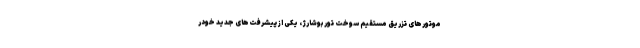
موتورهای تزریق مستقیم سوخت توربوشارژ، یکی از پیشرفت‌های جدید خودر